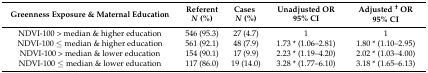
<table><thead><tr><td><b>Greenness Exposure &amp; Maternal Education</b></td><td><b>Referent <i>N</i> (%)</b></td><td><b>Cases <i>N</i> (%)</b></td><td><b>Unadjusted OR 95% CI</b></td><td><b>Adjusted <sup>†</sup> OR 95% CI</b></td></tr></thead><tbody><tr><td>NDVI-100 &gt; median &amp; higher education</td><td>546 (95.3)</td><td>27 (4.7)</td><td>1</td><td>1</td></tr><tr><td>NDVI-100 ≤ median &amp; higher education</td><td>561 (92.1)</td><td>48 (7.9)</td><td>1.73 * (1.06–2.81)</td><td>1.80 * (1.10–2.95)</td></tr><tr><td>NDVI-100 &gt; median &amp; lower education</td><td>154 (90.1)</td><td>17 (9.9)</td><td>2.23 * (1.19–4.20)</td><td>2.02 * (1.03–4.00)</td></tr><tr><td>NDVI-100 ≤ median &amp; lower education</td><td>117 (86.0)</td><td>19 (14.0)</td><td>3.28 * (1.77–6.10)</td><td>3.18 * (1.65–6.13)</td></tr></tbody></table>